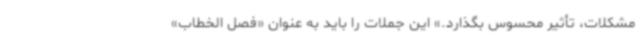
مشکلات، تأثیر محسوس بگذارد.» این جملات را باید به عنوان «فصل الخطاب»